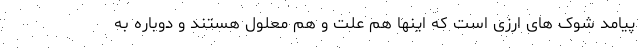
پیامد شوک های ارزی است که اینها هم علت و هم معلول هستند و دوباره به